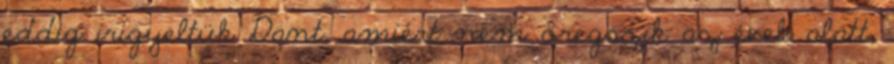
eddig irigyeltük Dant, amiért nem öregszik az évek alatt,